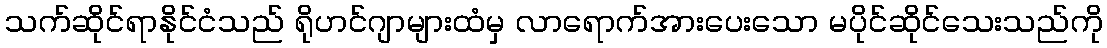
သက်ဆိုင်ရာနိုင်ငံသည် ရိုဟင်ဂျာများထံမှ လာရောက်အားပေးသော မပိုင်ဆိုင်သေးသည်ကို